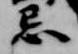
忌